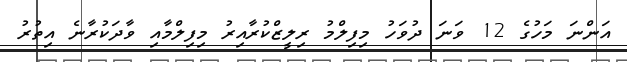
އަންނަ މަހުގެ 12 ވަނަ ދުވަހު މިފިލްމު ރިލީޒްކުރާއިރު މިފިލްމާއި ވާދަކުރާނެ އިތުރު